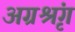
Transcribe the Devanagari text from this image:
अग्रश्रृंग